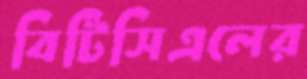
বিটিসিএলের